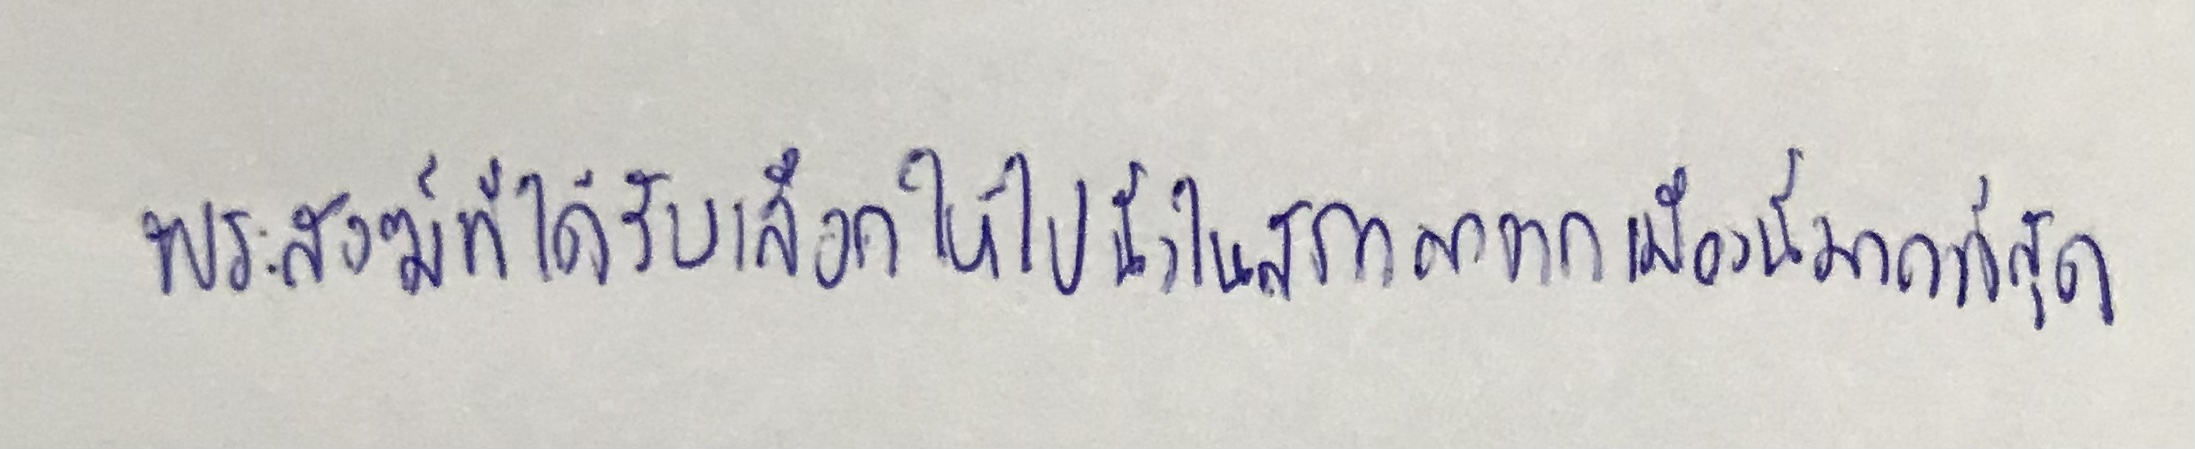
พระสงฆ์ที่ได้รับเลือกให้ไปนั่งในสภามาจากเมืองนี้มากที่สุด